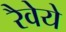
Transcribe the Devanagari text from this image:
रैवेये